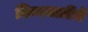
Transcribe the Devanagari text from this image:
निम्नजातींचे